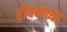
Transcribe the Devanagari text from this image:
रोबकच्या